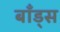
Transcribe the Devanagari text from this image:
बाँड्स